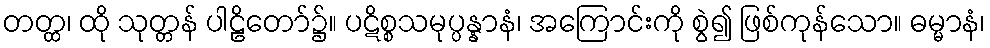
တတ္ထ၊ ထို သုတ္တန် ပါဠိတော်၌။ ပဋိစ္စသမုပ္ပန္နာနံ၊ အကြောင်းကို စွဲ၍ ဖြစ်ကုန်သော။ ဓမ္မာနံ၊